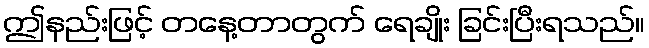
ဤနည်းဖြင့် တနေ့တာတွက် ရေချိုး ခြင်းပြီးရသည်။